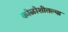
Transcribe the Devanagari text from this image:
कोळोशीतल्या